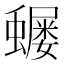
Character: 𮕅